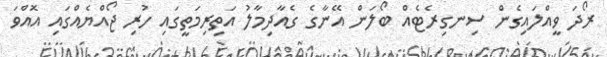
ރޯދަ ވީއްލައިގެން ސިނގިރެޓެއް ބޯލަން އޭނާގެ ގެއާދިމާލު އަތިރިމަތީގައި ހުރި ޖޯއްޔެއްގައި އޮއްވަ